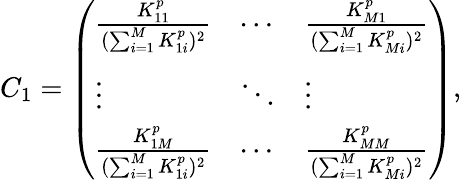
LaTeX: C_{1}=\left(\begin{array}{lll}{\frac{K_{11}^{p}}{(\sum_{i=1}^{M}K_{1i}^{p})^{2}}}&{\cdots}&{\frac{K_{M1}^{p}}{(\sum_{i=1}^{M}K_{Mi}^{p})^{2}}}\\ {\vdots}&{\ddots}&{\vdots}\\ {\frac{K_{1M}^{p}}{(\sum_{i=1}^{M}K_{1i}^{p})^{2}}}&{\cdots}&{\frac{K_{MM}^{p}}{(\sum_{i=1}^{M}K_{Mi}^{p})^{2}}}\end{array}\right),